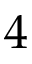
4